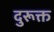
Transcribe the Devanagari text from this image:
दुरूक्त